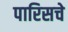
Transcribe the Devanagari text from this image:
पारिसचे